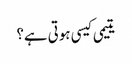
یتیمی کیسی ہوتی ہے؟